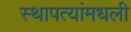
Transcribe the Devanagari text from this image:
स्थापत्यांमधली